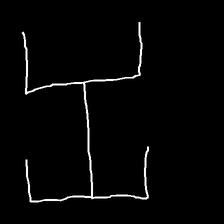
Glyph: entwine